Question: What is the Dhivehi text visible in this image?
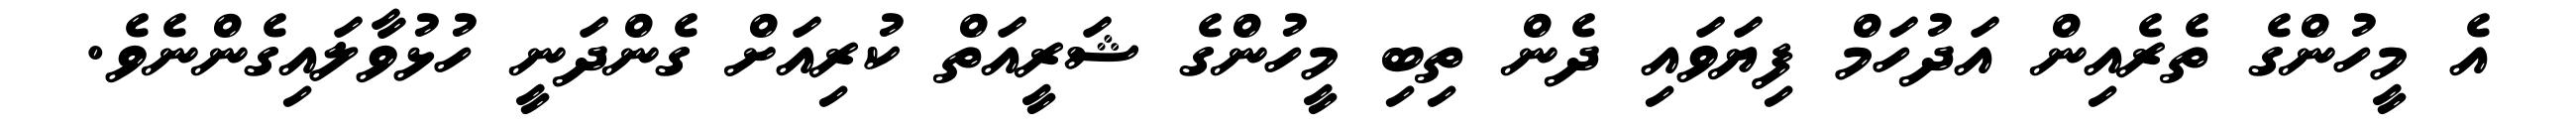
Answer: އެ މީހުންގެ ތެރެއިން އަދުހަމް ފިޔަވައި ދެން ތިބި މީހުންގެ ޝަރީއަތް ކުރިއަށް ގެންދަނީ ހުޅުވާލައިގެންނެވެ.